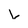
Character: u